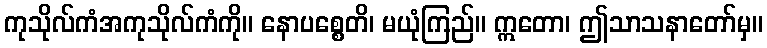
ကုသိုလ်ကံအကုသိုလ်ကံကို။ နောပစ္စေတိ၊ မယုံကြည်။ ဣတော၊ ဤသာသနာတော်မှ။